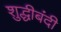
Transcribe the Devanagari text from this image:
शुद्धीबंदी